Indian journal of veterinary science and animal husbandry - Volumes 15-17, 1948-1951
Year: 1948
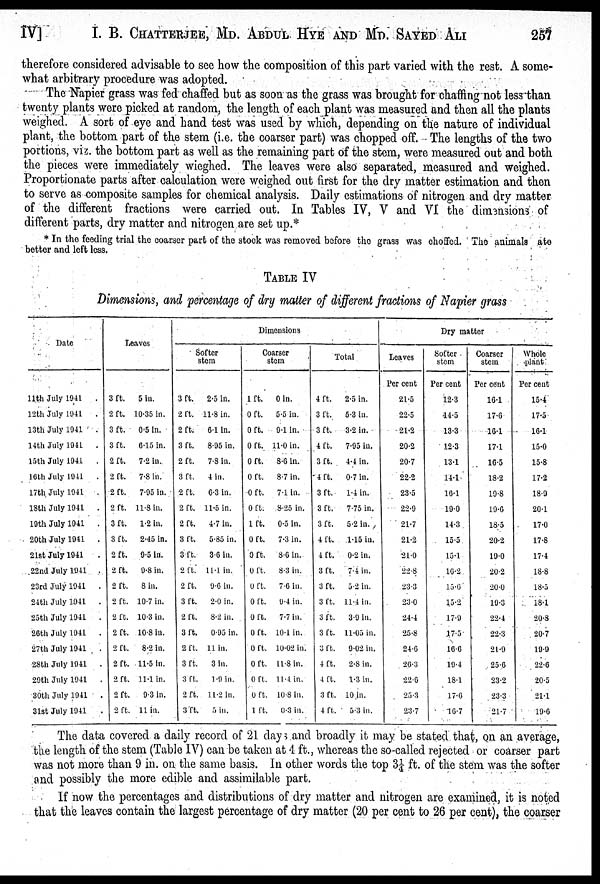
IV] I. B. CHATTERJEE, MD. ABDUL HYE AND MD. SAYED ALI 257
therefore considered advisable to see how the composition of this part varied with the rest. A some-
what arbitrary procedure was adopted.
The Napier grass was fed chaffed but as soon as the grass was brought for chaffing not less than
twenty plants were picked at random, the length of each plant was measured and then all the plants
weighed. A sort of eye and hand test was used by which, depending on the nature of individual
plant, the bottom part of the stem (i.e. the coarser part) was chopped off. The lengths of the two
portions, viz. the bottom part as well as the remaining part of the stem, were measured out and both
the pieces were immediately wieghed. The leaves were also separated, measured and weighed.
Proportionate parts after calculation were weighed out first for the dry matter estimation and then
to serve as composite samples for chemical analysis. Daily estimations of nitrogen and dry matter
of the different fractions were carried out. In Tables IV, V and VI the dimensions of
different parts, dry matter and nitrogen are set up.*
* In the feeding trial the coarser part of the stock was removed before the grass was choffed. The animals ate
better and left less.
TABLE IV
Dimensions, and percentage of dry matter of different fractions of Napier grass
Date
11th July 1041
.
12th July 1941
.
13th July 1941 .
14th July 1941 .
15th July 1941
.
16th July 1941 .
17th July 1941 .
18th July 1941
.
19th July 1941 .
20th July 1941
.
21st July 1941 .
22nd July 1941 .
23rd July 1941 .
24th July 1941 .
25th July 1941 .
26th July 1941
.
27th July 1941 .
28th July 1941 .
29th July 1941 .
30th July 1941
.
31st July 1941 .
Leaves
3 ft.
2 ft.
3 ft.
3 ft.
2 ft.
2 ft.
2 ft.
2 ft.
3 ft.
3 ft.
2 ft.
2 ft.
2 ft.
2 ft.
2 ft.
2 ft.
2 ft.
2 ft.
2 ft.
2 ft.
2 ft.
5 in.
10.35 in.
0.5 in.
6.15 in.
7.2 in.
7.8 in.
7.95 in.
11.8 in.
1.2 in.
2.45 in.
9.5 in.
9.8 in.
8 in.
10.7 in.
10.3 in.
10.8 in.
8.2 in.
11.5 in.
11.1 in.
9.3 in.
11 in.
Softer
stem
3 ft.
2 ft.
2 ft.
3 ft.
2 ft.
3 ft.
2 ft.
2 ft.
2 ft.
3 ft.
3 ft.
2 ft.
2 ft.
3 ft.
2 ft.
3 ft.
2 ft.
3 ft.
3 ft.
2 ft.
3 ft.
2.5 in.
11.8 in.
6.1 in.
8.95 in.
7.8 in.
4 in.
6.3 in.
11.5 in.
4.7 in.
5.85 in.
3.6 in.
11.1 in.
9.6 in.
2.0 in.
8.2 in.
0.95 in.
11 in.
3 in.
1.9 in.
11.2 in.
5 in.
Dimensions
Coarser
stem
1 ft.
0 ft.
0 ft.
0 ft.
0 ft.
0 ft.
0 ft.
0 ft.
1 ft.
0 ft.
0 ft.
0 ft.
0 ft.
0 ft.
0 ft.
0 ft.
0 ft.
0 ft.
0 ft.
0 ft.
1 ft.
0 in.
5.5 in.
94 in.
11.0 in.
8.6 in.
8.7 in.
74 in.
8.25 in.
0.5 in.
7.3 in.
8.6 in.
8.3 in.
7.6 in.
9.4 in.
7.7 in.
104 in.
10.02 in.
11.8 in.
11.4 in.
10.8 in.
0.3 in.
Total
4 ft.
3 ft.
3 ft.
4 ft.
3 ft.
4 ft.
3 ft.
3 ft.
3 ft.
4 ft.
4 ft.
3 ft.
3 ft.
3 ft.
3 ft.
3 ft.
3 ft.
4 ft.
4 ft.
3 ft.
4 ft.
2.5 in.
5.3 in.
3.2 in.
7.95 in.
4.4 in.
0.7 in.
1.4 in.
7.75 in.
5.2 in.
1.15 in.
0.2 in.
7.4 in.
5.2 in.
11.4 in.
3.9 in.
11.05 in.
9.02 in.
2.8 in.
1.3 in.
10 in.
5.3 in.
Leaves
Per cent
21.5
22.5
21.2
20.2
20.7
22.2
23.5
22.9
21.7
21.2
21.0
22.8
23.3
23.0
24.4
25.8
24.6
26.3
22.6
25.3
23.7
Dry matter
Softer
stem
Per cent
12.3
14.5
13.3
12.3
13.1
14.1
16.1
19.0
14.3
15.5
15.1
16.2
15.6
15.2
17.9
17.5
16.6
19.4
18.1
17.6
16.7
Coarser
stem
Per cent
16.1
17.6
16.1
17.1
16.5
18.2
19.8
19.6
18.5
20.2
19.0
20.2
20.0
19.3
22.4
22.3
21.9
25.6
23.2
23.3
21.7
Whole
plant
Per cent
15.4
17.5
16.1
15.0
15.8
17.2
18.9
20.1
17.0
17.8
17.4
18.8
18.5
18.1
20.8
20.7
19.9
22.6
20.5
21.1
19.6
The data covered a daily record of 21 days and broadly it may be stated that, on an average,
the length of the stem (Table IV) can be taken at 4 ft., whereas the so-called rejected or coarser part
was not more than 9 in. on the same basis. In other words the top 3¼ ft. of the stem was the softer
and possibly the more edible and assimilable part.
If now the percentages and distributions of dry matter and nitrogen are examined, it is noted
that the leaves contain the largest percentage of dry matter (20 per cent to 26 per cent), the coarser